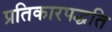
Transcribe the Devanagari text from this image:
प्रतिकारपद्धति